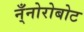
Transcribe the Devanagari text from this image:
न्ँनोरोबोट